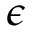
\epsilon